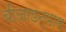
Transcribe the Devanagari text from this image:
बीजाडन्यास